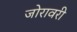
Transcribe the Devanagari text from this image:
जोरावरी